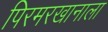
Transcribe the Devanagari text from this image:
पिरमरखानाला